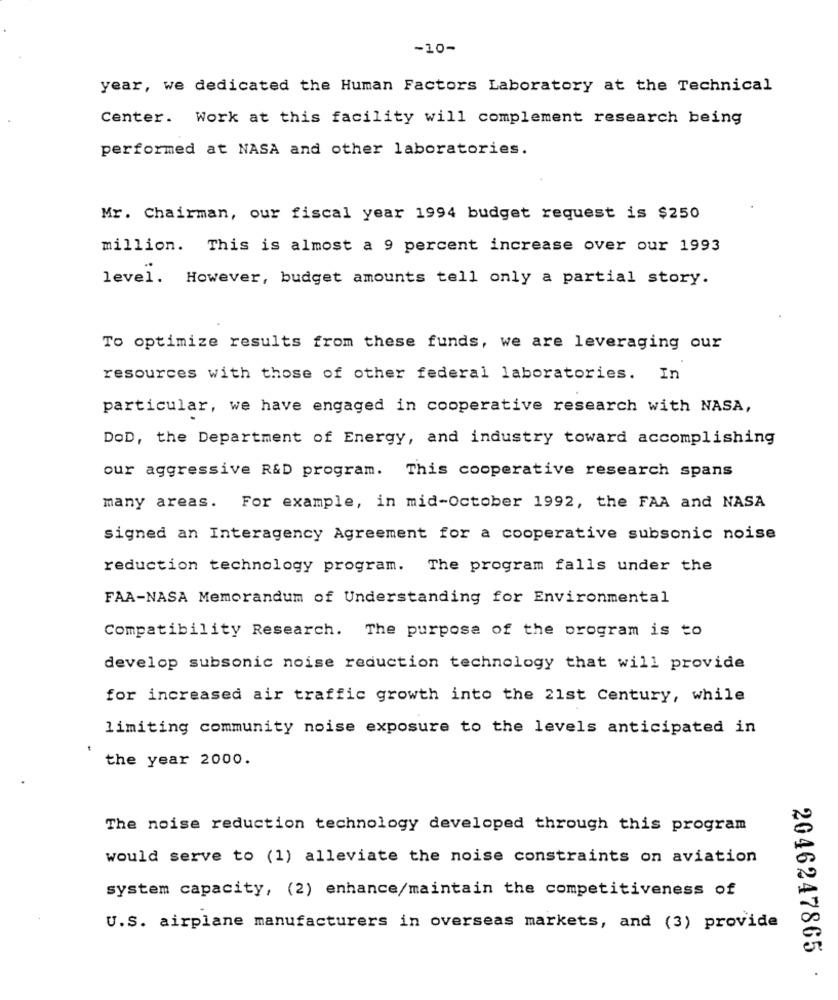
-10-
year, we dedicated the Human Factors Laboratory at the Technical
Center. Work at this facility will complement research being
performed at NASA and other laboratories.
Mr. Chairman, our fiscal year 1994 budget request is $250
million. This is almost a 9 percent increase over our 1993
level. However, budget amounts tell only a partial story.
To optimize results from these funds, we are leveraging our
resources with those of other federal laboratories. In
particular, we have engaged in cooperative research with NASA,
DOD, the Department of Energy, and industry toward accomplishing
our aggressive R&D program. This cooperative research spans
many areas. For example, in mid-October 1992, the FAA and NASA
signed an Interagency Agreement for a cooperative subsonic noise
reduction technology program. The program falls under the
FAA-NASA Memorandum of Understanding for Environmental
Compatibility Research. The purpose of the program is to
develop subsonic noise reduction technology that will provide
for increased air traffic growth into the 21st Century, while
limiting community noise exposure to the levels anticipated in
the year 2000.
The noise reduction technology developed through this program
would serve to (1) alleviate the noise constraints on aviation
system capacity, (2) enhance/maintain the competitiveness of
U.S. airplane manufacturers in overseas markets, and (3) provide
2046247865